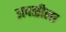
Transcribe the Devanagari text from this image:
अवळीला